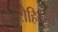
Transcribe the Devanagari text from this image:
रौहिकेय